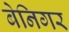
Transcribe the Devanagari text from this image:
बेनिगर